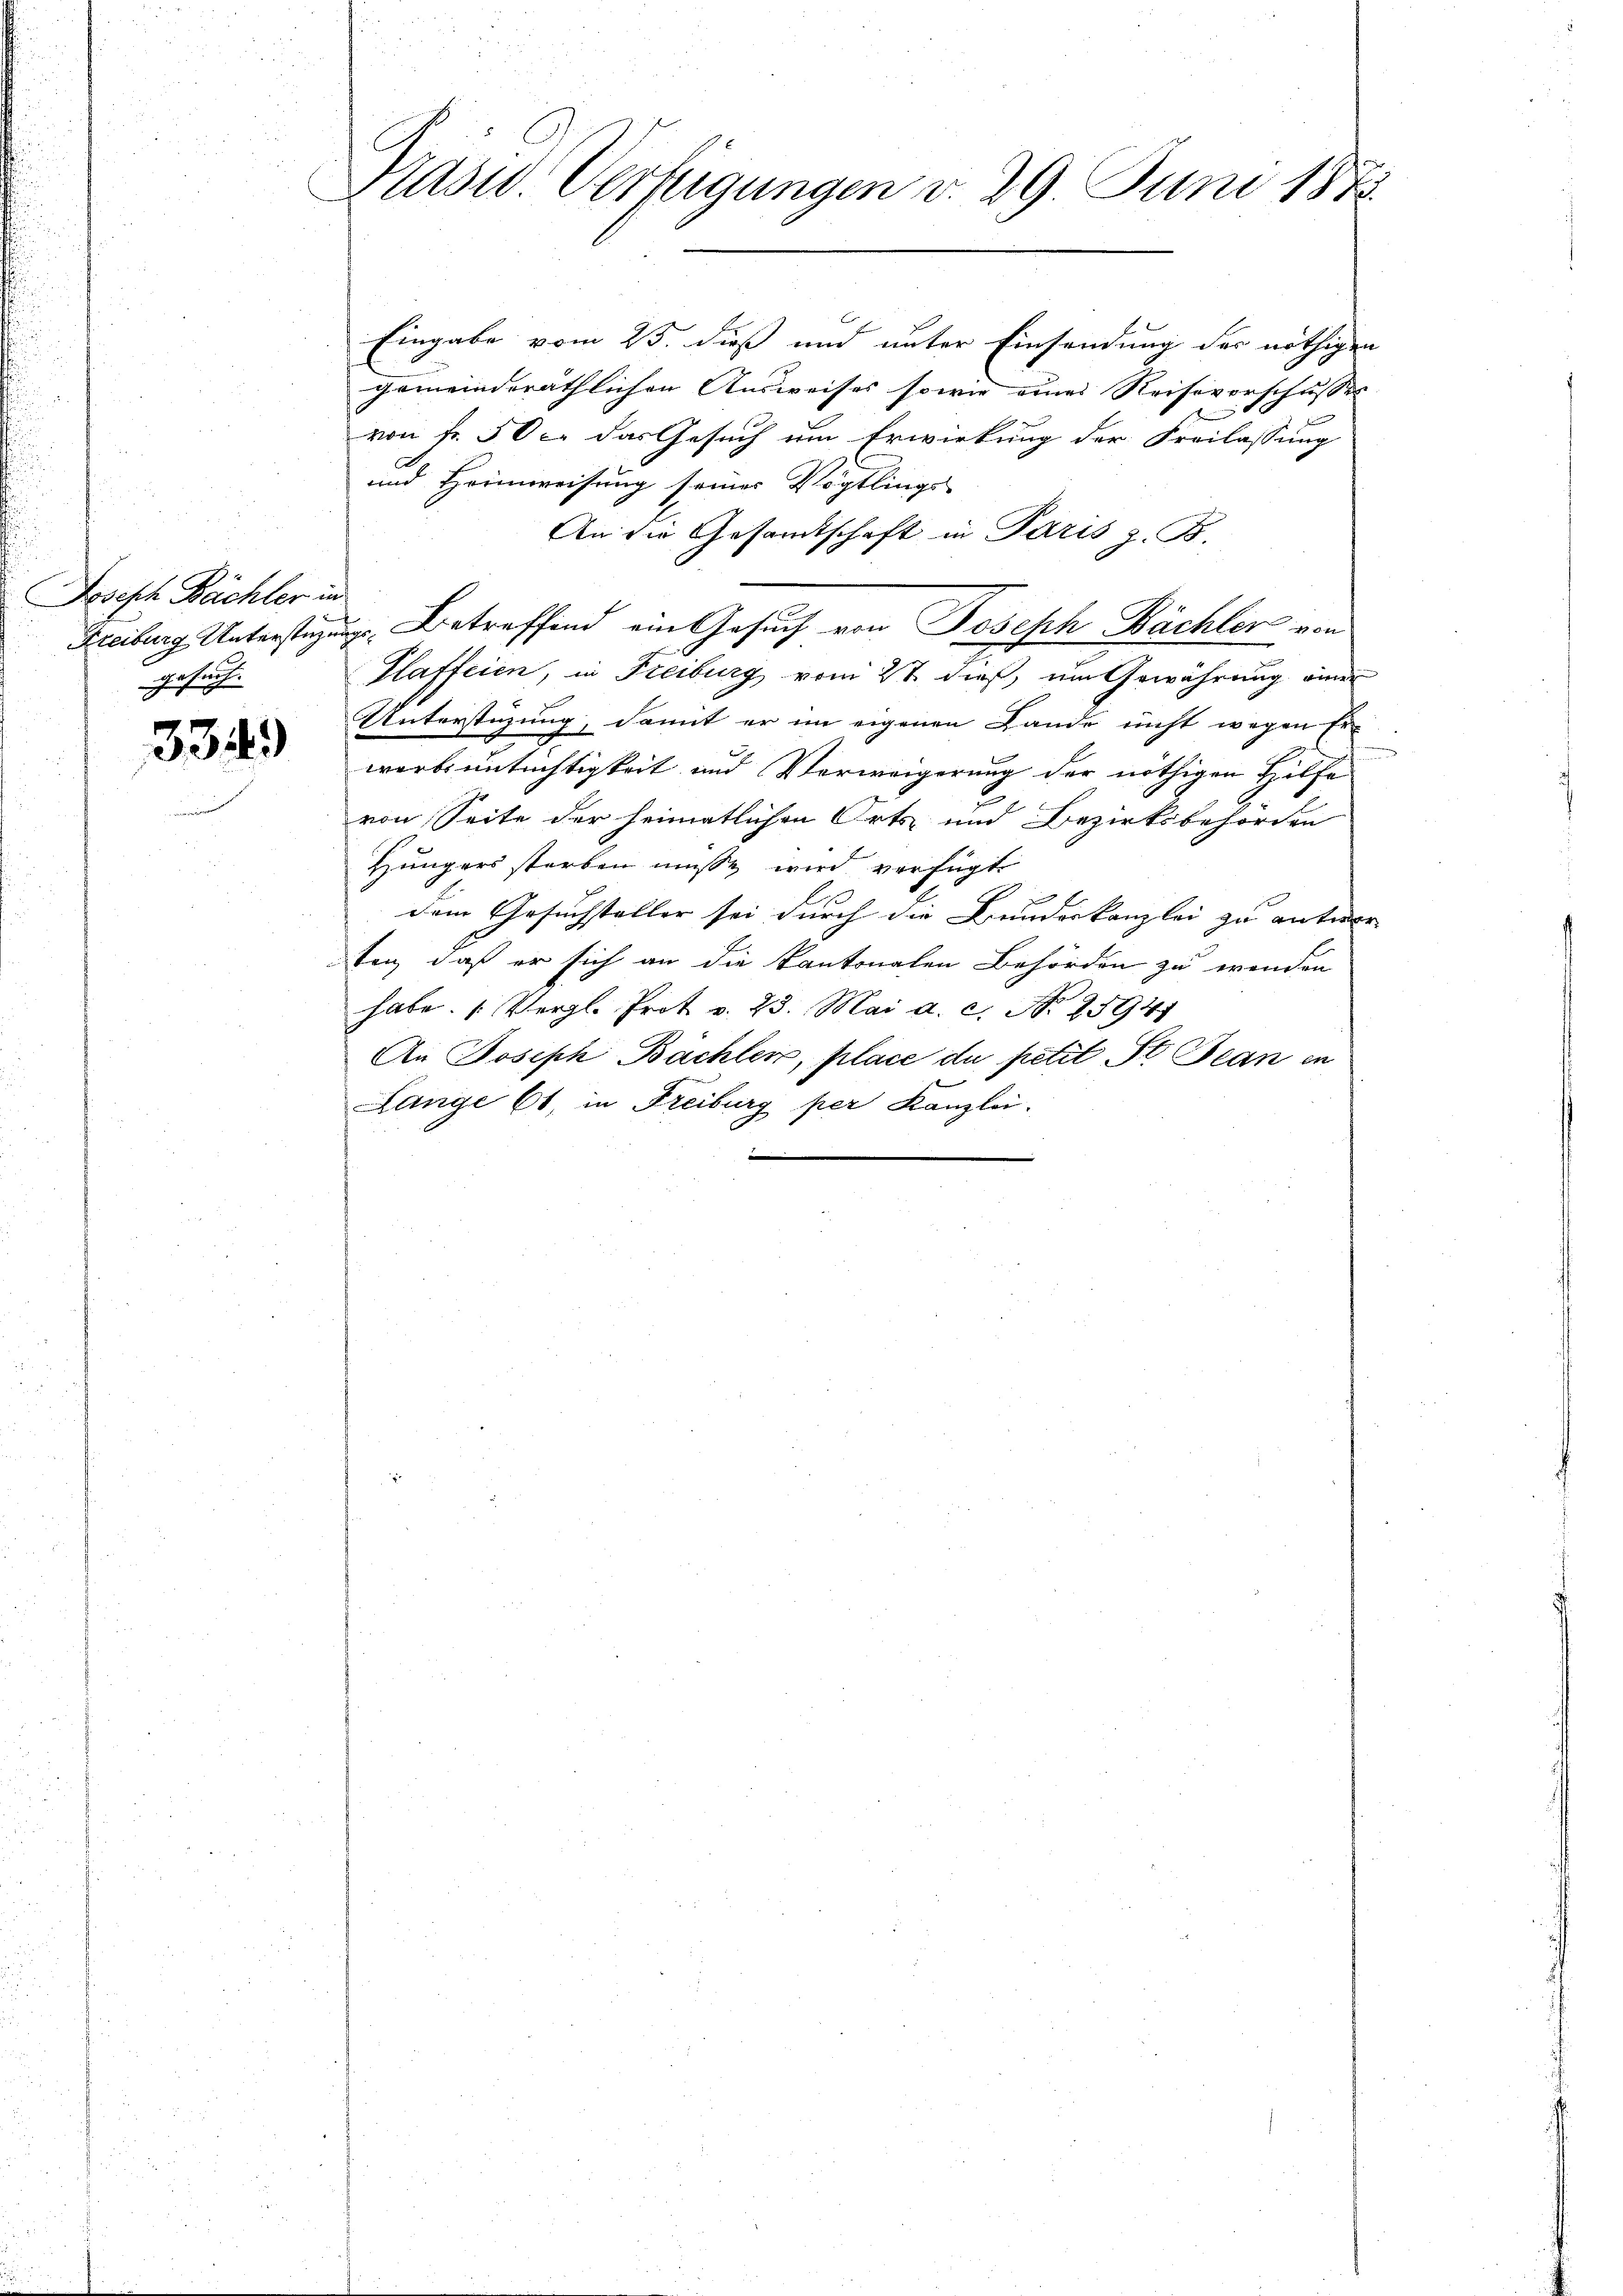
Joseph Rächter in
Freiburg Unterstüzgesuch.

3349)

Kasu Verfügungen v. 29. Juni 1873

Eingabe vom 25. dieß und unter Einsendung der nöthigen
gemeinderäthlichen Ausweises sowie eines Reiseverschusses
von Fr. 50 c. das Gesuch um Erwirkung der Freilassung
A.
und Heimweisung seiner Vögtlings-
An die Gesandtschaft in Paris z. B.
u. Betreffend ein Gesuch von Joseph Bächler von
Plaffeien, in Freiburg vom 27. dieß, um Gewährung einer
Unterstüzung, damit er im eigenen Lande nicht wegen Er-
werb untüchtigkeit und Verweigerung der nöthigen Hilfe
von Seite der heimatlichen Orts- und Bezirksbehörden
Hüngers starben müsse wird verfügt
dem Gesuchsteller sei durch die Bundeskanzlei zu antwor
ten, daß er sich an die Kantonalen Behörden zu wenden
habe. (Vergl. Prot v. 23. Mai a. c. No 2594
An Joseph Bachler, place du petit St. Jean in
Lange 61, in Freiburg per Kanzlei.